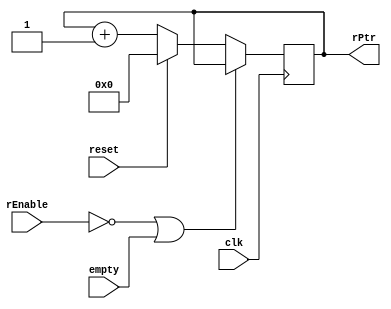

module readPtr(
clk,
reset,
rEnable,
empty,
rPtr
);

input clk;
input reset;
input rEnable;
input empty;
output reg [8:0] rPtr;

initial 
  rPtr = 9'd0;

always @ (posedge clk) begin
  if(~rEnable || empty)
    rPtr <= rPtr;
  else if(reset)
    rPtr <= 9'd0;
  else
    rPtr <= rPtr + 9'd1;
  end

endmodule